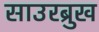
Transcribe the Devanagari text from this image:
साउरब्रुख